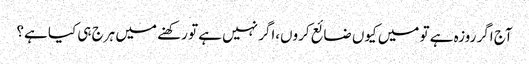
آج اگر روزہ ہے تو میں کیوں ضائع کروں،اگر نہیں ہے تو رکھنے میں ہرج ہی کیا ہے؟